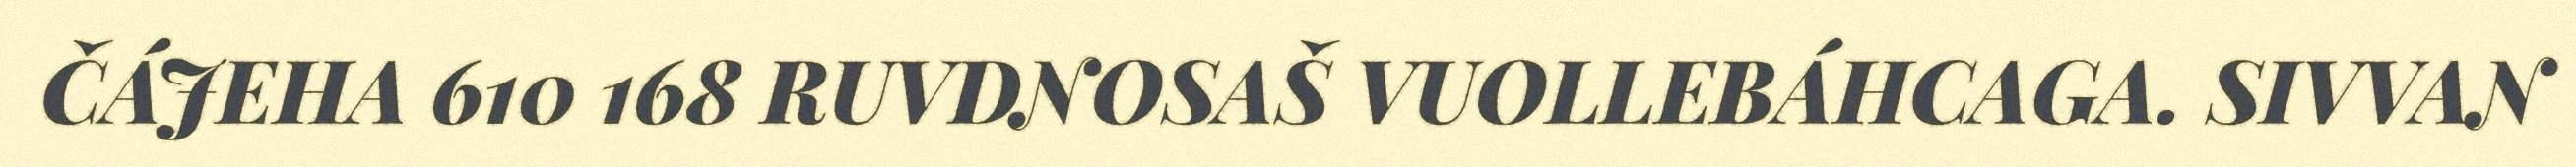
ČÁJEHA 610 168 RUVDNOSAŠ VUOLLEBÁHCAGA. SIVVAN